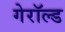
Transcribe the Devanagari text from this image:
गेरॉल्ड